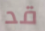
قد